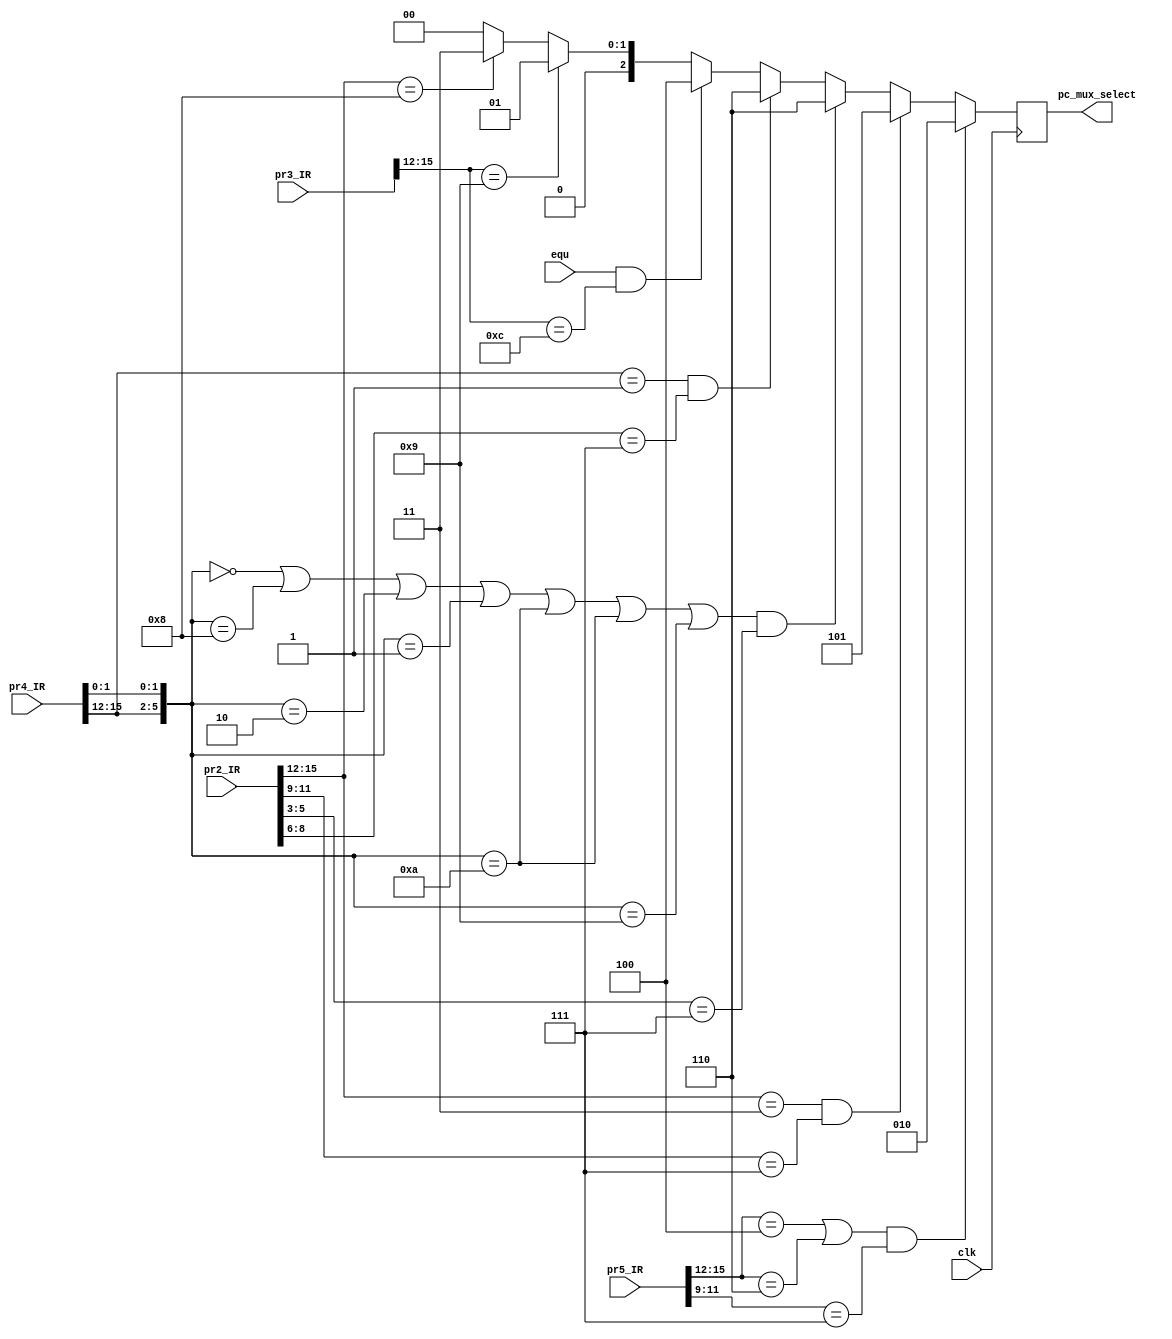
module pc_forwarding(clk,equ,pr2_IR,pr3_IR,pr4_IR,pr5_IR,pc_mux_select);

parameter ADD = 6'b000000;
parameter NDU = 6'b001000;
parameter ADC = 6'b000010;
parameter ADZ = 6'b000001;
parameter ADI = 4'b0001;
parameter NDC = 6'b001010;
parameter NDZ = 6'b001001;
parameter LHI = 4'b0011;
parameter LW  = 4'b0100;
parameter SW  = 4'b0101;
parameter LM  = 4'b0110;
parameter SM  = 4'b0111;
parameter BEQ = 4'b1100;
parameter JAL = 4'b1000;
parameter JLR = 4'b1001;

parameter rb=3'd1;
parameter c=3'd2;
parameter m= 3'd3;
parameter one = 3'd4;
parameter h = 3'd5;
parameter a = 3'd6;


output reg [2:0] pc_mux_select;
input [15:0] pr2_IR,pr3_IR,pr4_IR,pr5_IR;
input equ,clk;
wire [5:0] op2,op3,op4,op5;
wire[2:0] pr2RA,pr2RB,pr4RC,pr5RA;
assign op2={pr2_IR[15:12],pr2_IR[1:0]};
assign op3={pr3_IR[15:12],pr3_IR[1:0]};
assign op4={pr4_IR[15:12],pr4_IR[1:0]};
assign op5={pr5_IR[15:12],pr5_IR[1:0]};

assign pr2RA = pr2_IR[11:9];
assign pr2RB = pr2_IR[8:6];



assign pr4RC = pr2_IR[5:3];
assign pr5RA = pr5_IR[11:9];

always @(negedge clk)
begin
if((op5[5:2]==LW||op5[5:2]==LM)&&pr5RA==3'b111)
pc_mux_select=c;//from mem
else if(op2[5:2]==LHI&&pr2RA==3'b111)
pc_mux_select=h;//970 from pr2

else if((op4==ADD||op4==NDU||op4==ADC||op4==ADZ||op4==NDC||op4==NDC||op4==NDZ)&&(pr4RC==3'b111))
	pc_mux_select=a;//ALU_out in pr4
else if(op4[5:2]==ADI&&pr2RB==3'b111)
	pc_mux_select=a;//ALU_out in pr4
else if(equ==1&&op3[5:2]==BEQ)
	pc_mux_select=one;//pc+Im6, in pr3
else if(op3[5:2]==JLR)
	pc_mux_select=rb;//from RFout2 of pr3
else if(op2[5:2]==JAL)
	pc_mux_select=m;//PC+Im6 , in pr2
else
	pc_mux_select=0;
	
end//always

endmodule